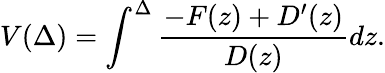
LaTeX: V(\Delta)=\int^{\Delta}\frac{-F(z)+D^{\prime}(z)}{D(z)}dz.